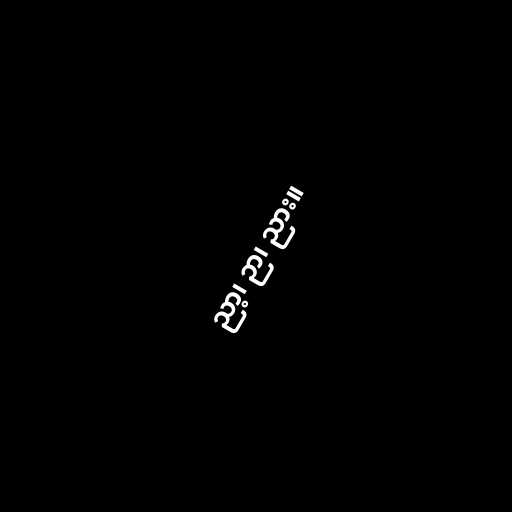
ညာ့၊ ဉာ၊ ညား။